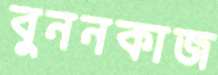
বুননকাজ